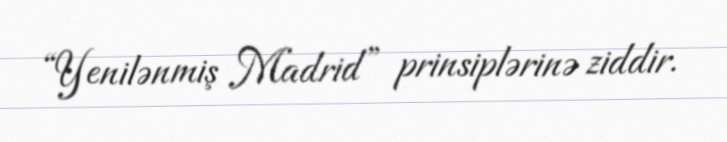
“Yenilənmiş Madrid” prinsiplərinə ziddir.